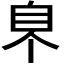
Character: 𦣿